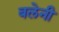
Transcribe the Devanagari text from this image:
बलेनी